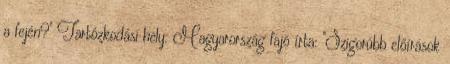
a fején?" Tartózkodási hely: Magyarország fajó írta: "Szigorúbb előírások